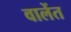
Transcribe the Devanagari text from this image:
वालेंत